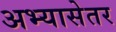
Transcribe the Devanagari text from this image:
अभ्यासेतर